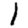
Digit: 1